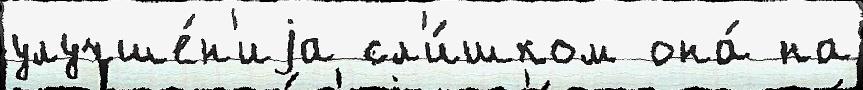
улучше́н'иjа сл'и́шком она́ на